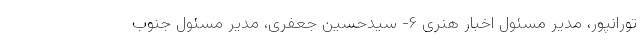
تورانپور، مدیر مسئول اخبار هنری ۶- سیدحسین جعفری، مدیر مسئول جنوب